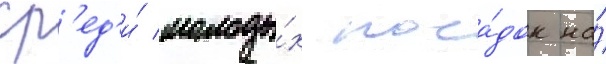
ср'ед'и́ молоды́х поса́док на́